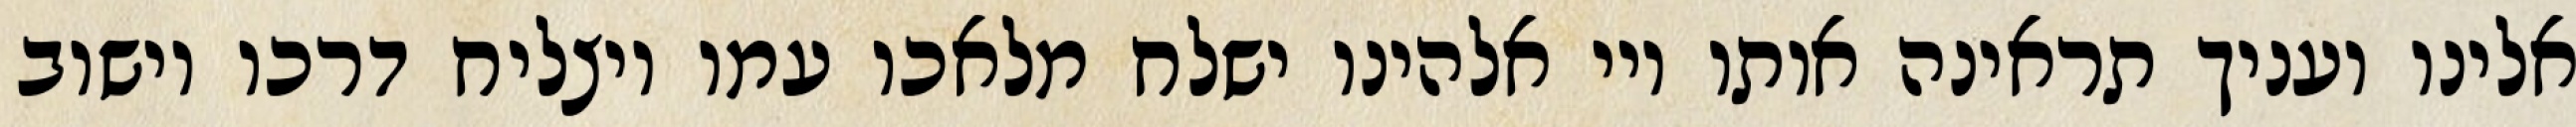
אלינו ועניך תראינה אותו ויי אלהינו ישלח מלאכו עמו ויצליח דרכו וישוב